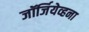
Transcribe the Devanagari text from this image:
जॉर्जियेव्हना